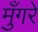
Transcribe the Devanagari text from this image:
मुँगरे